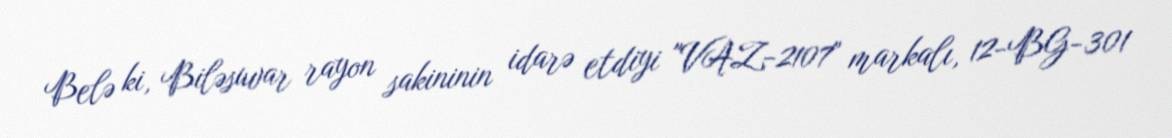
Belə ki, Biləsuvar rayon sakininin idarə etdiyi "VAZ-2107" markalı, 12-BG-301